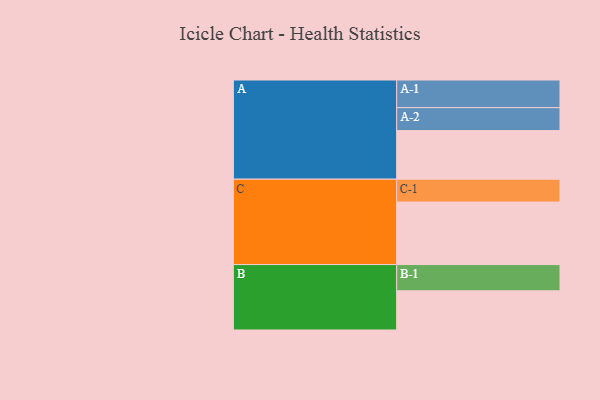
{"axis": {"x": "Segment", "y": "Value"}, "legend": ["", "A", "B", "C"], "data": [{"x": "A", "y": 459, "type": ""}, {"x": "B", "y": 370, "type": ""}, {"x": "C", "y": 590, "type": ""}, {"x": "A-1", "y": 261, "type": "A"}, {"x": "A-2", "y": 217, "type": "A"}, {"x": "B-1", "y": 248, "type": "B"}, {"x": "C-1", "y": 216, "type": "C"}]}